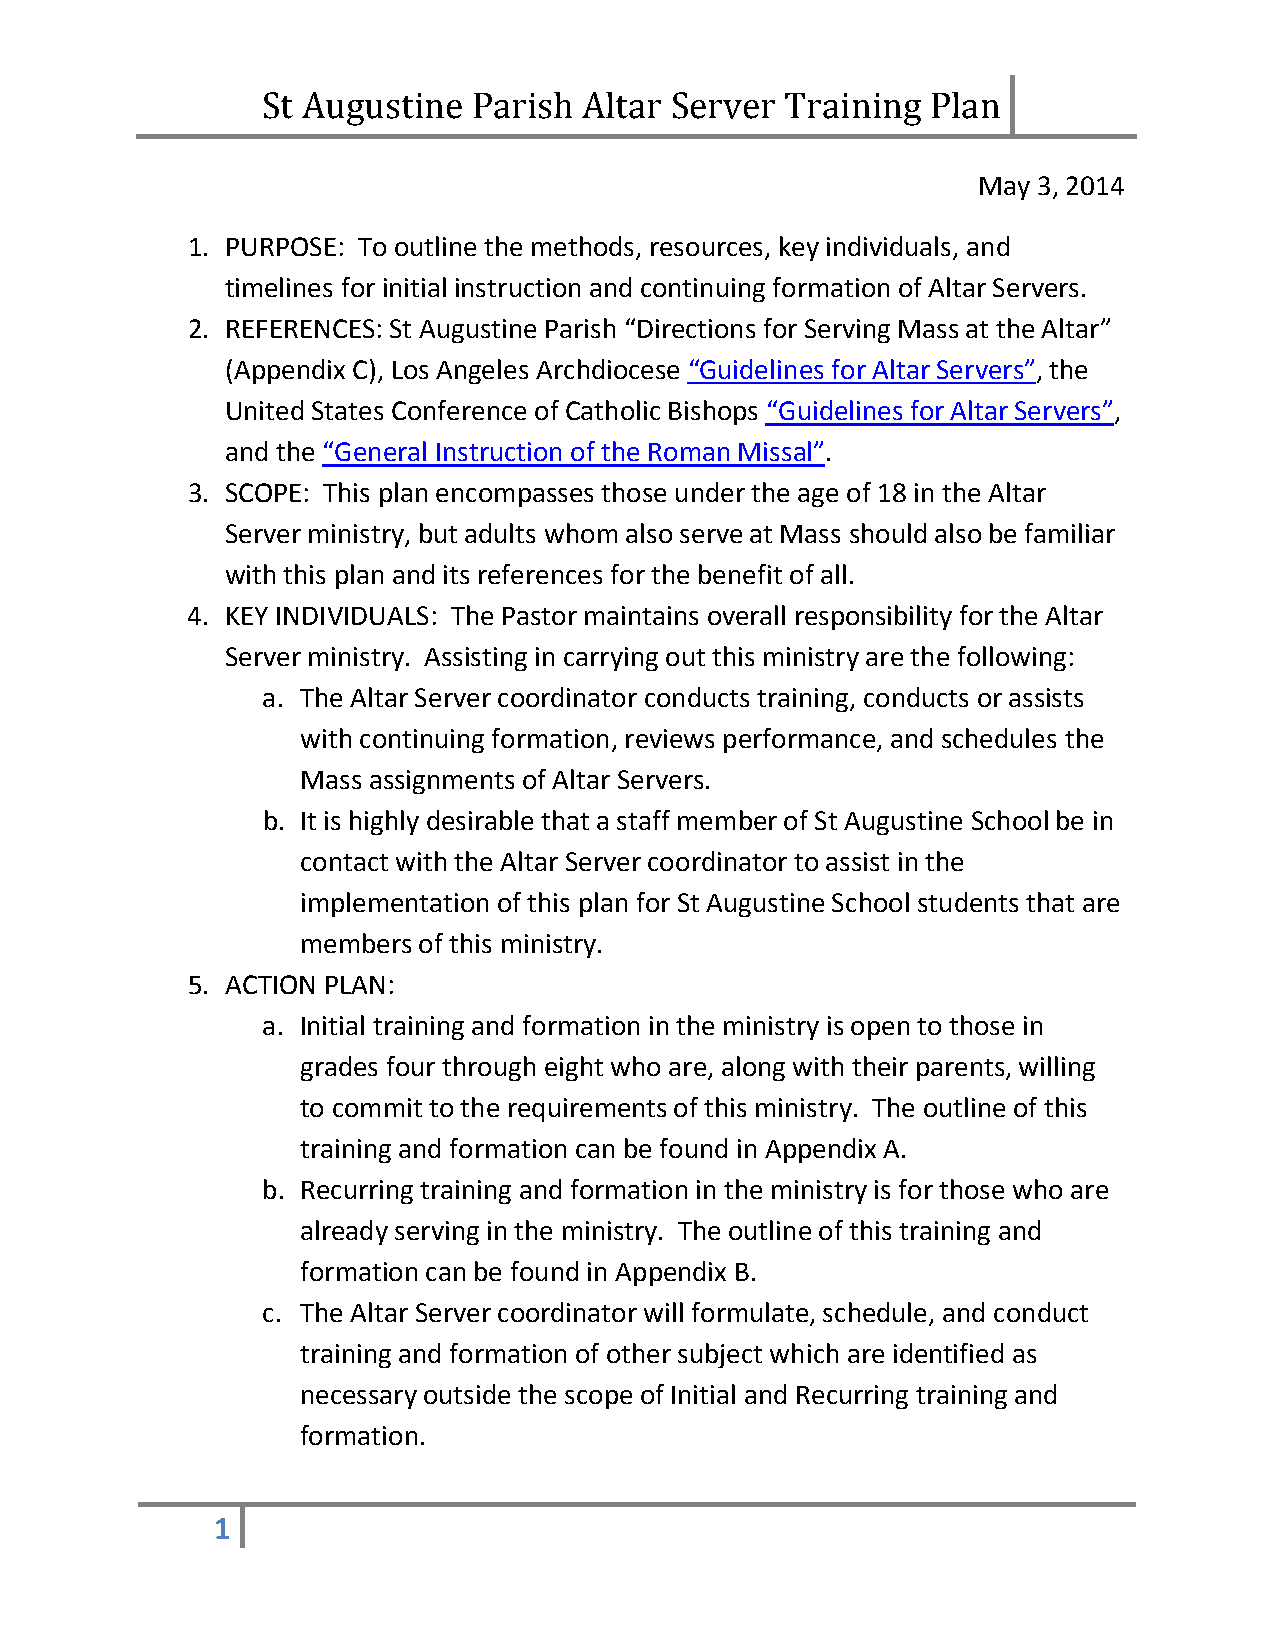
St Augustine  Parish  Altar Server Training  PlaMn ay 3, 2014
 1. PURPOSE: To outline the methods, resources, key individuals, and
 timelines for initial instruction and continuing formation of Altar Servers.
 2. REFERENCES: St Augustine Parish “Directions for Serving Mass at the Altar”
 (Appendix C), Los Angeles Archdiocese “Guidelines for Altar Servers”, the
 United States Conference of Catholic Bishops “Guidelines for Altar Servers”,
 and the “General Instruction of the Roman Missal”.
 3. SCOPE: This plan encompasses those under the age of 18 in the Altar
 Server ministry, but adults whom also serve at Mass should also be familiar
 with this plan and its references for the benefit of all.
 4. KEY INDIVIDUALS: The Pastor maintains overall responsibility for the Altar
 Server ministry. Assisting in carrying out this ministry are the following:
 a. The Altar Server coordinator conducts training, conducts or assists
 with continuing formation, reviews performance, and schedules the
 Mass assignments of Altar Servers.
 b. It is highly desirable that a staff member of St Augustine School be in
 contact with the Altar Server coordinator to assist in the
 implementation of this plan for St Augustine School students that are
 members of this ministry.
 5. ACTION PLAN:
 a. Initial training and formation in the ministry is open to those in
 grades four through eight who are, along with their parents, willing
 to commit to the requirements of this ministry. The outline of this
 training and formation can be found in Appendix A.
 b. Recurring training and formation in the ministry is for those who are
 already serving in the ministry. The outline of this training and
 formation can be found in Appendix B.
 c. The Altar Server coordinator will formulate, schedule, and conduct
 training and formation of other subject which are identified as
 necessary outside the scope of Initial and Recurring training and
 formation.
 1